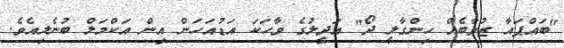
"ބައްޕައާ ޒުވާބެއް ހިންގާލީ ދޯ" އަދީލުގެ ވާހަކަ އަޑުއަހަން އިން އަކްމަލް ބުނެލިއެވެ.